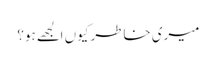
میری خاطر کیوں الجھے ہو؟